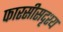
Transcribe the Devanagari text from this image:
फारसीसदृश्य